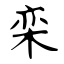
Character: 栾